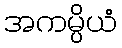
အကမ္ပိယံ